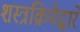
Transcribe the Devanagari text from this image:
शस्त्रक्रियेद्वारे